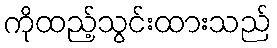
ကိုထည့်သွင်းထားသည်